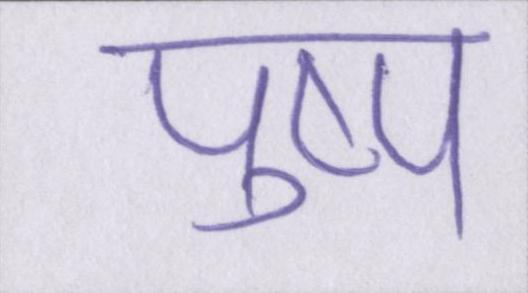
पुष्प